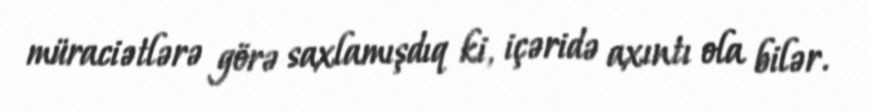
müraciətlərə görə saxlamışdıq ki, içəridə axıntı ola bilər.